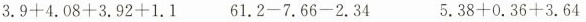
$$3.9+4.08+3.92+1.1$$ $$61.2-7.66-2.34$$ $$5.38+0.36+3.64$$